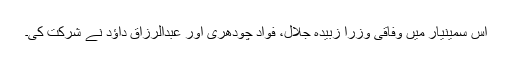
اس سمینیار میں وفاقی وزرا زبیدہ جلال، فواد چودھری اور عبدالرزاق داؤد نے شرکت کی۔